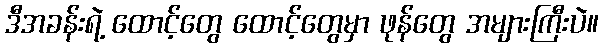
ဒီအခန်းရဲ့ ထောင့်တွေ ထောင့်တွေမှာ ဖုန်တွေ အများကြီးပဲ။